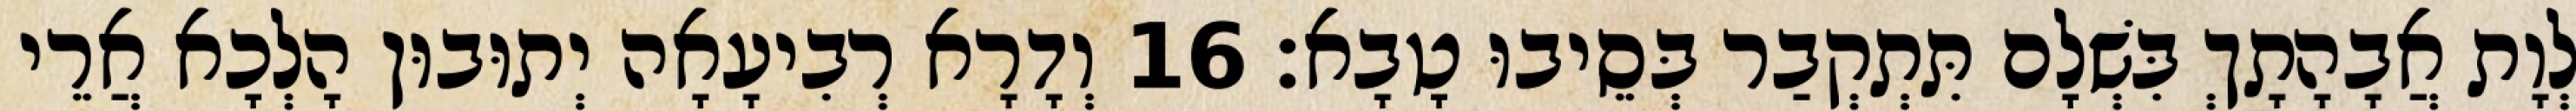
לְוָת אֲבָהָתָךְ בִּשְׁלָם תִּתְקְבַר בְּסֵיבוּ טָבָא׃ 16 וְדָרָא רְבִיעָאָה יְתוּבוּן הָלְכָא אֲרֵי